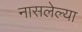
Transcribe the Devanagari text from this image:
नासलेल्या